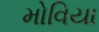
મોવિયા